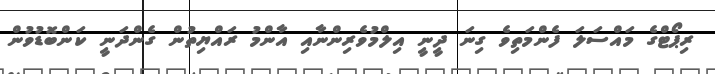
ރިޕޯޓްގެ މައްސަލަ ފެންމަތިވެ ގިނަ ދީނީ އިލްމުވެރިންނާއި އާންމު ރައްޔިތުން ގެންދަނީ ކަންބޮޑުވުން